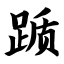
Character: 踬